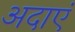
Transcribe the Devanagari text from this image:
अदाएं